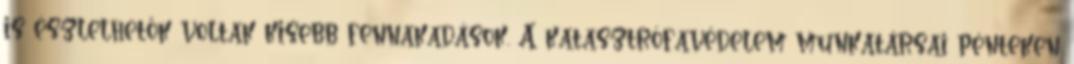
is észlelhetők voltak kisebb fennakadások. A katasztrófavédelem munkatársai pénteken